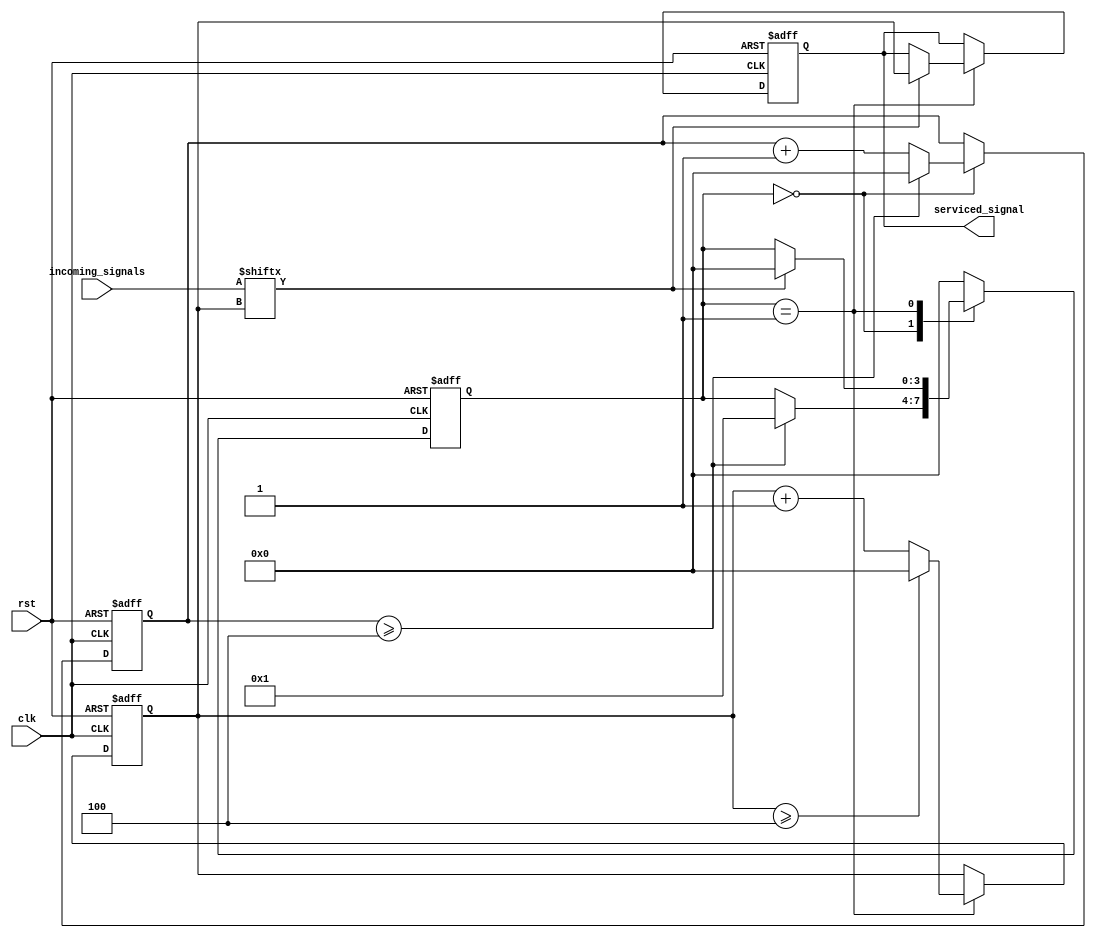
module serial_arbiter (
    input wire clk,
    input wire rst,
    input wire [n-1:0] incoming_signals,
    output reg [n-1:0] serviced_signal
);

    parameter n = 4; // number of incoming signals
    
    reg [n-1:0] state;
    reg [n-1:0] count;
    reg [n-1:0] next_serviced_signal;
    
    always @(posedge clk or posedge rst) begin
        if (rst) begin
            state <= 0;
            count <= 0;
            next_serviced_signal <= 0;
            serviced_signal <= 0;
        end else begin
            case(state)
                0: begin // idle state
                    count <= count + 1;
                    if (count >= n) begin
                        count <= 0;
                        state <= 1; // start servicing
                    end
                end
                1: begin // servicing state
                    if (incoming_signals[next_serviced_signal] == 1'b1) begin
                        serviced_signal <= next_serviced_signal;
                        state <= 0; // go back to idle state
                    end
                    next_serviced_signal <= next_serviced_signal + 1;
                    if (next_serviced_signal >= n) begin
                        next_serviced_signal <= 0;
                    end
                end
                default: state <= 0;
            endcase
        end
    end

endmodule